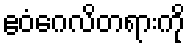
ဧဝံဂေလိတရားကို